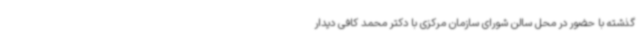
گذشته با حضور در محل سالن شورای سازمان مرکزی با دکتر محمد کافی دیدار